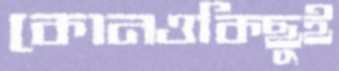
কোনওকিছুই